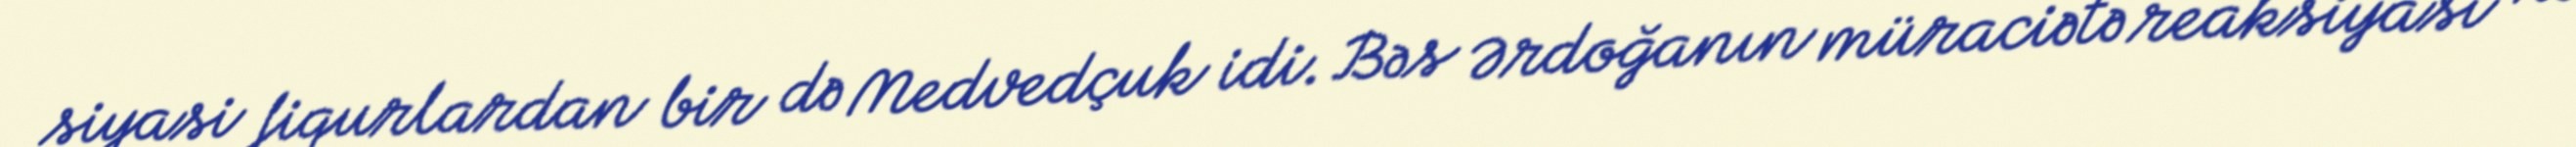
siyasi fiqurlardan bir də Medvedçuk idi. Bəs Ərdoğanın müraciətə reaksiyası nə